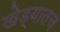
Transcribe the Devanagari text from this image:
खेड्यातच